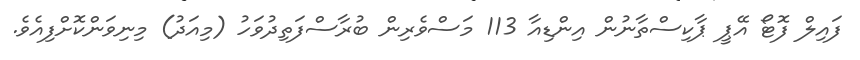
ފައިލް ފޮޓޯ އޭޕީ ޕާކިސްތާނުން އިންޑިއާ 113 މަސްވެރިން ބުރާސްފަތިދުވަހު (މިއަދު) މިނިވަންކޮށްފިއެވެ.